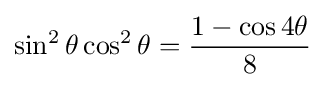
\sin ^{2}\theta \cos ^{2}\theta ={\frac {1-\cos 4\theta }{8}}